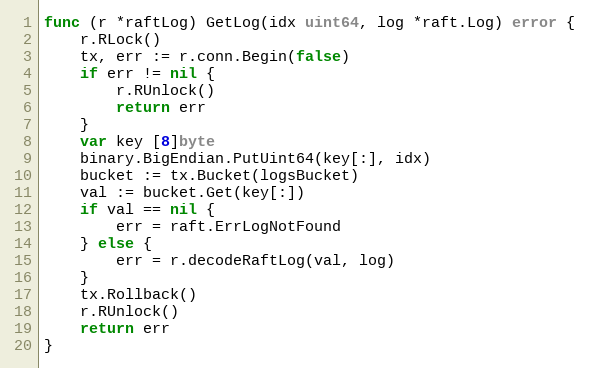
Language: Go
func (r *raftLog) GetLog(idx uint64, log *raft.Log) error {
	r.RLock()
	tx, err := r.conn.Begin(false)
	if err != nil {
		r.RUnlock()
		return err
	}
	var key [8]byte
	binary.BigEndian.PutUint64(key[:], idx)
	bucket := tx.Bucket(logsBucket)
	val := bucket.Get(key[:])
	if val == nil {
		err = raft.ErrLogNotFound
	} else {
		err = r.decodeRaftLog(val, log)
	}
	tx.Rollback()
	r.RUnlock()
	return err
}